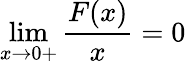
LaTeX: \operatorname*{lim}_{x\rightarrow 0+}\frac{F(x)}{x}=0